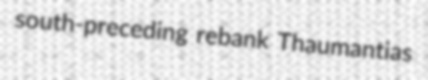
south-preceding rebank Thaumantias